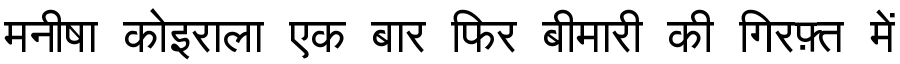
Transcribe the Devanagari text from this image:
मनीषा कोइराला एक बार फिर बीमारी की गिरफ़्त में